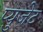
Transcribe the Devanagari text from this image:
प्युजेट